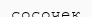
сосочек